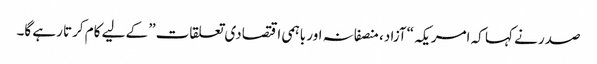
صدر نے کہا کہ امریکہ “آزاد، منصفانہ اور باہمی اقتصادی تعلقات” کے لیے کام کرتا رہے گا۔